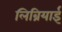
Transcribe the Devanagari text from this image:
लिब्रियाई